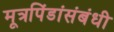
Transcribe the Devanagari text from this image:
मूत्रपिंडांसंबंधी